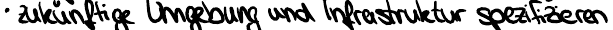
zukünftige Umgebung und Infrakstruktur spezifizieren